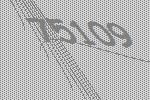
75109